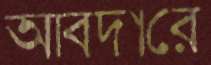
আবদারে